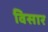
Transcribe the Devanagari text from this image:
विसार